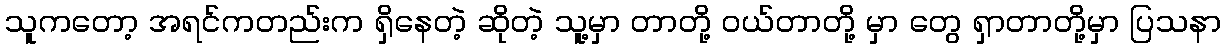
သူကတော့ အရင်ကတည်းက ရှိနေတဲ့ ဆိုတဲ့ သူ့မှာ တာတို့ ဝယ်တာတို့ မှာ တွေ ရှာတာတို့မှာ ပြသနာ